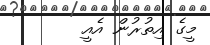
މީގެ އިތުރުން އެއީ